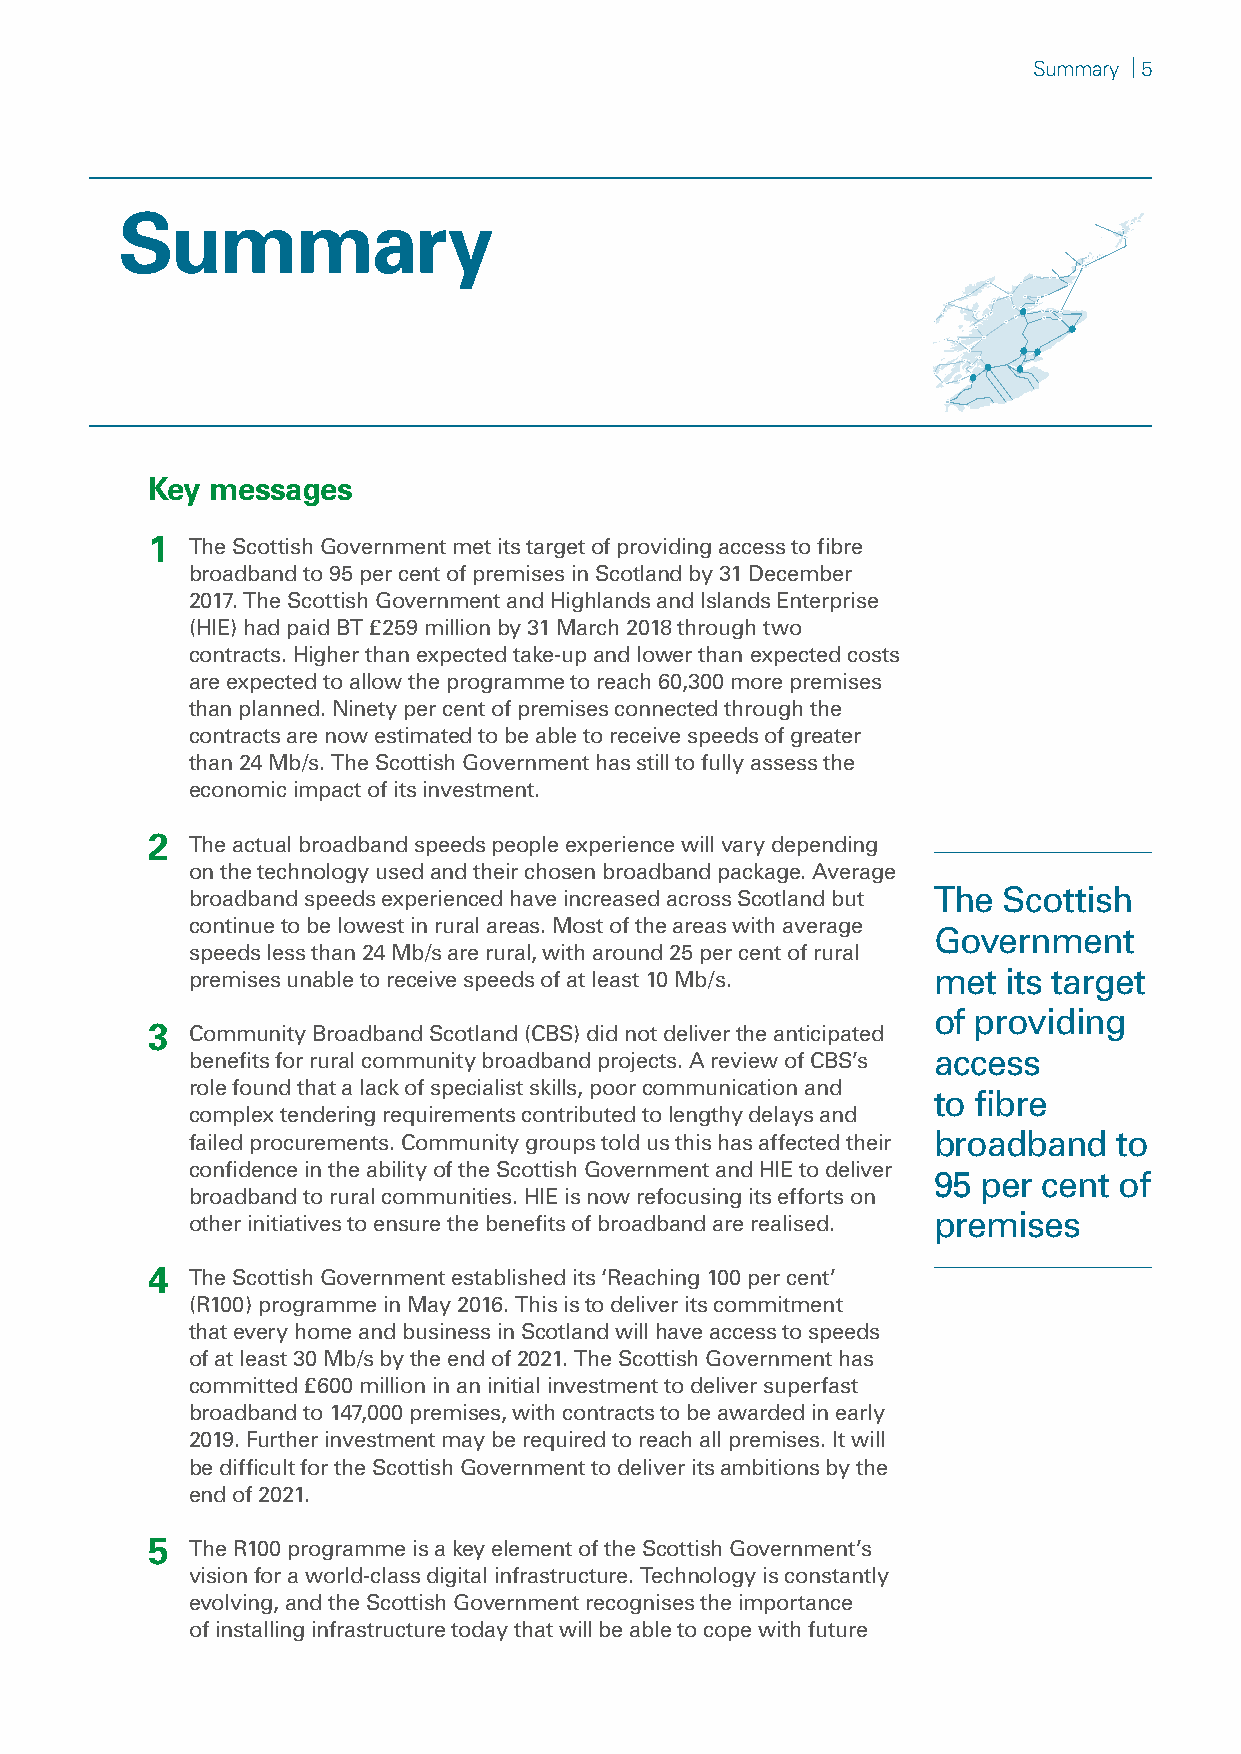
Summary | 5
 Summary
 Key messages
 1  The Scottish Government met its target of providing access to fibre
 broadband to 95 per cent of premises in Scotland by 31 December
 2017. The Scottish Government and Highlands and Islands Enterprise
 (HIE) had paid BT £259 million by 31 March 2018 through two
 contracts. Higher than expected take-up and lower than expected costs
 are expected to allow the programme to reach 60,300 more premises
 than planned. Ninety per cent of premises connected through the
 contracts are now estimated to be able to receive speeds of greater
 than 24 Mb/s. The Scottish Government has still to fully assess the
 economic impact of its investment.
 2  The actual broadband speeds people experience will vary depending
 on the technology used and their chosen broadband package. Average
 broadband speeds experienced have increased across Scotland but The Scottish
 continue to be lowest in rural areas. Most of the areas with average
 Government
 speeds less than 24 Mb/s are rural, with around 25 per cent of rural
 premises unable to receive speeds of at least 10 Mb/s. met its target
 of providing
 3  Community Broadband Scotland (CBS) did not deliver the anticipated
 benefits for rural community broadband projects. A review of CBS’s access
 role found that a lack of specialist skills, poor communication and
 to fibre
 complex tendering requirements contributed to lengthy delays and
 failed procurements. Community groups told us this has affected their broadband to
 confidence in the ability of the Scottish Government and HIE to deliver
 95 per cent of
 broadband to rural communities. HIE is now refocusing its efforts on
 other initiatives to ensure the benefits of broadband are realised. premises
 4  The Scottish Government established its ‘Reaching 100 per cent’
 (R100) programme in May 2016. This is to deliver its commitment
 that every home and business in Scotland will have access to speeds
 of at least 30 Mb/s by the end of 2021. The Scottish Government has
 committed £600 million in an initial investment to deliver superfast
 broadband to 147,000 premises, with contracts to be awarded in early
 2019. Further investment may be required to reach all premises. It will
 be difficult for the Scottish Government to deliver its ambitions by the
 end of 2021.
 5  The R100 programme is a key element of the Scottish Government’s
 vision for a world-class digital infrastructure. Technology is constantly
 evolving, and the Scottish Government recognises the importance
 of installing infrastructure today that will be able to cope with future